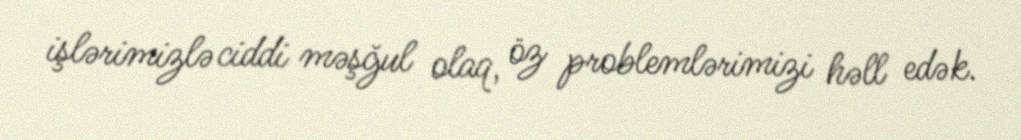
işlərimizlə ciddi məşğul olaq, öz problemlərimizi həll edək.